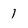
Character: 1